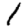
Digit: 1